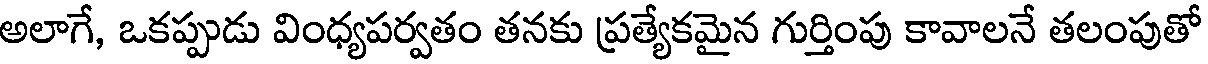
అలాగే, ఒకప్పుడు వింధ్యపర్వతం తనకు ప్రత్యేకమైన గుర్తింపు కావాలనే తలంపుతో